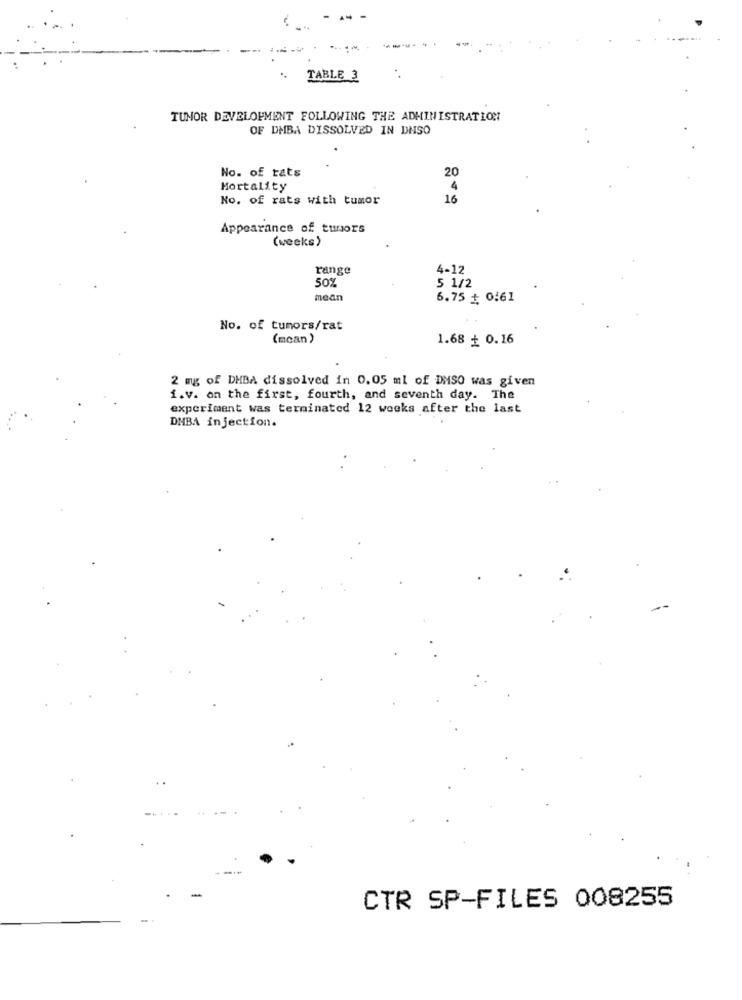
** -
TABLE 3
:
TUMOR DEVELOPMENT FOLLOWING THE ADMINISTRATION
OF DMBA DISSOLVED IN DHSO
No. of tats
20
Mortality
4
No. of rats with tumor
16
Appearance of tumors
(weeks)
range
4-12
50%
5 1/2
mean
6.75 ₺ 0:61
No. of tumors/rat
(mcan)
1.68 + 0.16
2 mg of DHBA dissolved in 0.05 ml of DMSO was given
i.v. on the first, fourth, and seventh day. The
experiment was terminated 12 weeks after the last
DMBA injection.
CTR SP-FILES 008255